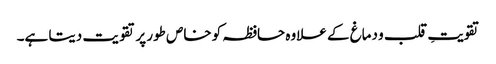
تقویتِ قلب و دماغ کے علاوہ حافظہ کو خاص طور پر تقویت دیتا ہے۔